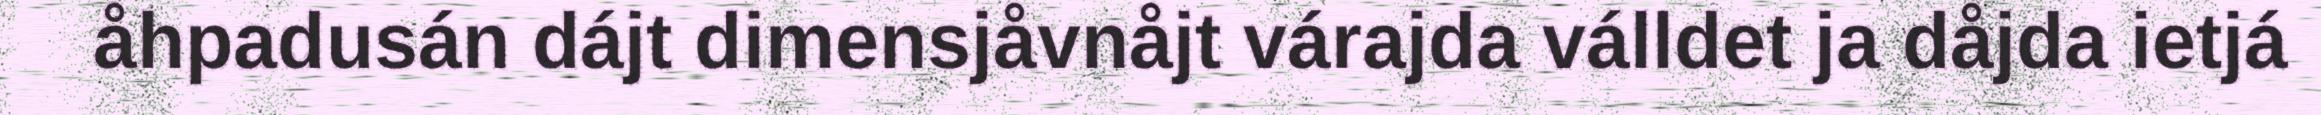
åhpadusán dájt dimensjåvnåjt várajda válldet ja dåjda ietjá